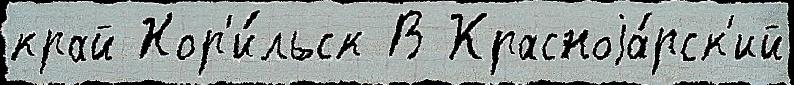
край Нор'и́льск В Красноjа́рск'ий